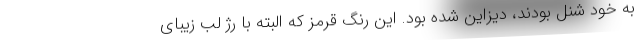
به خود شنل بودند، دیزاین شده بود. این رنگ قرمز که البته با رژ لب زیبای